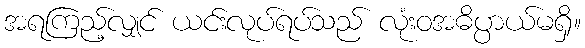
အရကြည့်လျှင် ယင်းလုပ်ရပ်သည် လုံးဝအဓိပ္ပာယ်မရှိ။